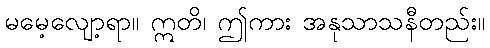
မမေ့လျော့ရာ။ ဣတိ၊ ဤကား အနုသာသနီတည်း။